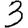
Digit: 3